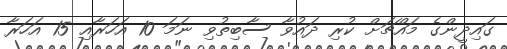
ގައިދީންގެ މައްޗަށް ކުރި ދައުވާ ސާބިތުވި ނަމަ 10 އަހަރާއި 15 އަހަރާ